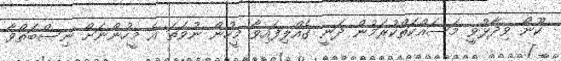
ކޫނޯ ވިދާޅުވީ މަސައްކަތްކުރަމުން ދަނީ ގެއްލިފައިވާ މީހުން ނުވަތަ އެ މީހުންނަށް ނިސްބަތްވާ